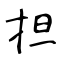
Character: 担